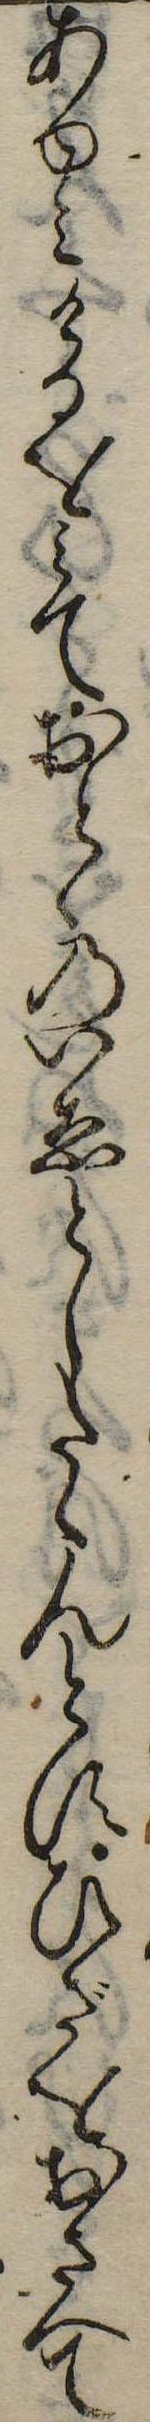
あゆみけるをみておとゝのいゑとしたゝんとすひざをおさへて